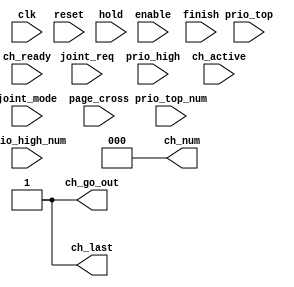
// This program was cloned from: https://github.com/3442/conspiracion
// License: GNU General Public License v3.0

// verilator lint_off WIDTHEXPAND
// verilator lint_off WIDTHTRUNC
/////////////////////////////////////////////////////////////////////
////                                                             ////
////          eyal@provartec.com                                 ////
////                                                             ////
////  Downloaded from: http://www.opencores.org                  ////
/////////////////////////////////////////////////////////////////////
////                                                             ////
//// Copyright (C) 2010 Provartec LTD                            ////
//// www.provartec.com                                           ////
//// info@provartec.com                                          ////
////                                                             ////
//// This source file may be used and distributed without        ////
//// restriction provided that this copyright statement is not   ////
//// removed from the file and that any derivative work contains ////
//// the original copyright notice and the associated disclaimer.////
////                                                             ////
//// This source file is free software; you can redistribute it  ////
//// and/or modify it under the terms of the GNU Lesser General  ////
//// Public License as published by the Free Software Foundation.////
////                                                             ////
//// This source is distributed in the hope that it will be      ////
//// useful, but WITHOUT ANY WARRANTY; without even the implied  ////
//// warranty of MERCHANTABILITY or FITNESS FOR A PARTICULAR     ////
//// PURPOSE.  See the GNU Lesser General Public License for more////
//// details. http://www.gnu.org/licenses/lgpl.html              ////
////                                                             ////
/////////////////////////////////////////////////////////////////////
//---------------------------------------------------------
//-- File generated by RobustVerilog parser
//-- Version: 1.0
//-- Invoked Fri Mar 25 23:34:51 2011
//--
//-- Source file: dma_core_arbiter.v
//---------------------------------------------------------



module dma_axi32_core0_arbiter(clk,reset,enable,joint_mode,page_cross,joint_req,prio_top,prio_high,prio_top_num,prio_high_num,hold,ch_ready,ch_active,finish,ch_go_out,ch_num,ch_last);
   
   parameter                CH_LAST       = 1-1;
   
   input             clk;
   input             reset;

   input             enable;

   input             joint_mode;
   input             page_cross;
   input             joint_req;
   input             prio_top;
   input             prio_high;
   input [2:0]             prio_top_num;
   input [2:0]             prio_high_num;
   input             hold;
   
   input [7:0]             ch_ready;
   input [7:0]             ch_active;
   input             finish;
   output             ch_go_out;
   output [2:0]         ch_num;
   output             ch_last;
   

   
   reg [7:0]             current_active;
   wire             current_ready_only;
   wire             ch_last_pre;
   wire             ch_last;
   wire             ready;
   wire             next_ready;
   wire             next_ready0;
   wire             next_ready1;
   wire             prio_top_ready;
   wire             prio_high_ready;
   reg                 in_prog;
   wire             ch_go_pre;
   wire             ch_go_pre_d;
   wire             ch_go_top_pre;
   wire             ch_go_high_pre;
   wire             ch_go;
   wire             ch_go_d;
   wire             ch_go_top;
   wire             ch_go_high;
   wire             ch_go_next;
   wire             hold_d;
   wire             advance_next;
   wire [2:0]             ch_num_pre;
   wire [3:0]             next_ch_num0_pre;
   wire [3:0]             next_ch_num0_pre2;
   wire [2:0]             next_ch_num0;
   wire [3:0]             next_ch_num1_pre;
   wire [3:0]             next_ch_num1_pre2;
   wire [2:0]             next_ch_num1;
   wire [2:0]             next_ch_num_pre;

   assign             ch_go_out = 'd1;
   assign             ch_num    = 'd0;
   assign             ch_last   = 'd1;
   
   
   
endmodule


   


// verilator lint_on WIDTHEXPAND
// verilator lint_on WIDTHTRUNC